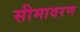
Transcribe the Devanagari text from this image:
सीमावरण